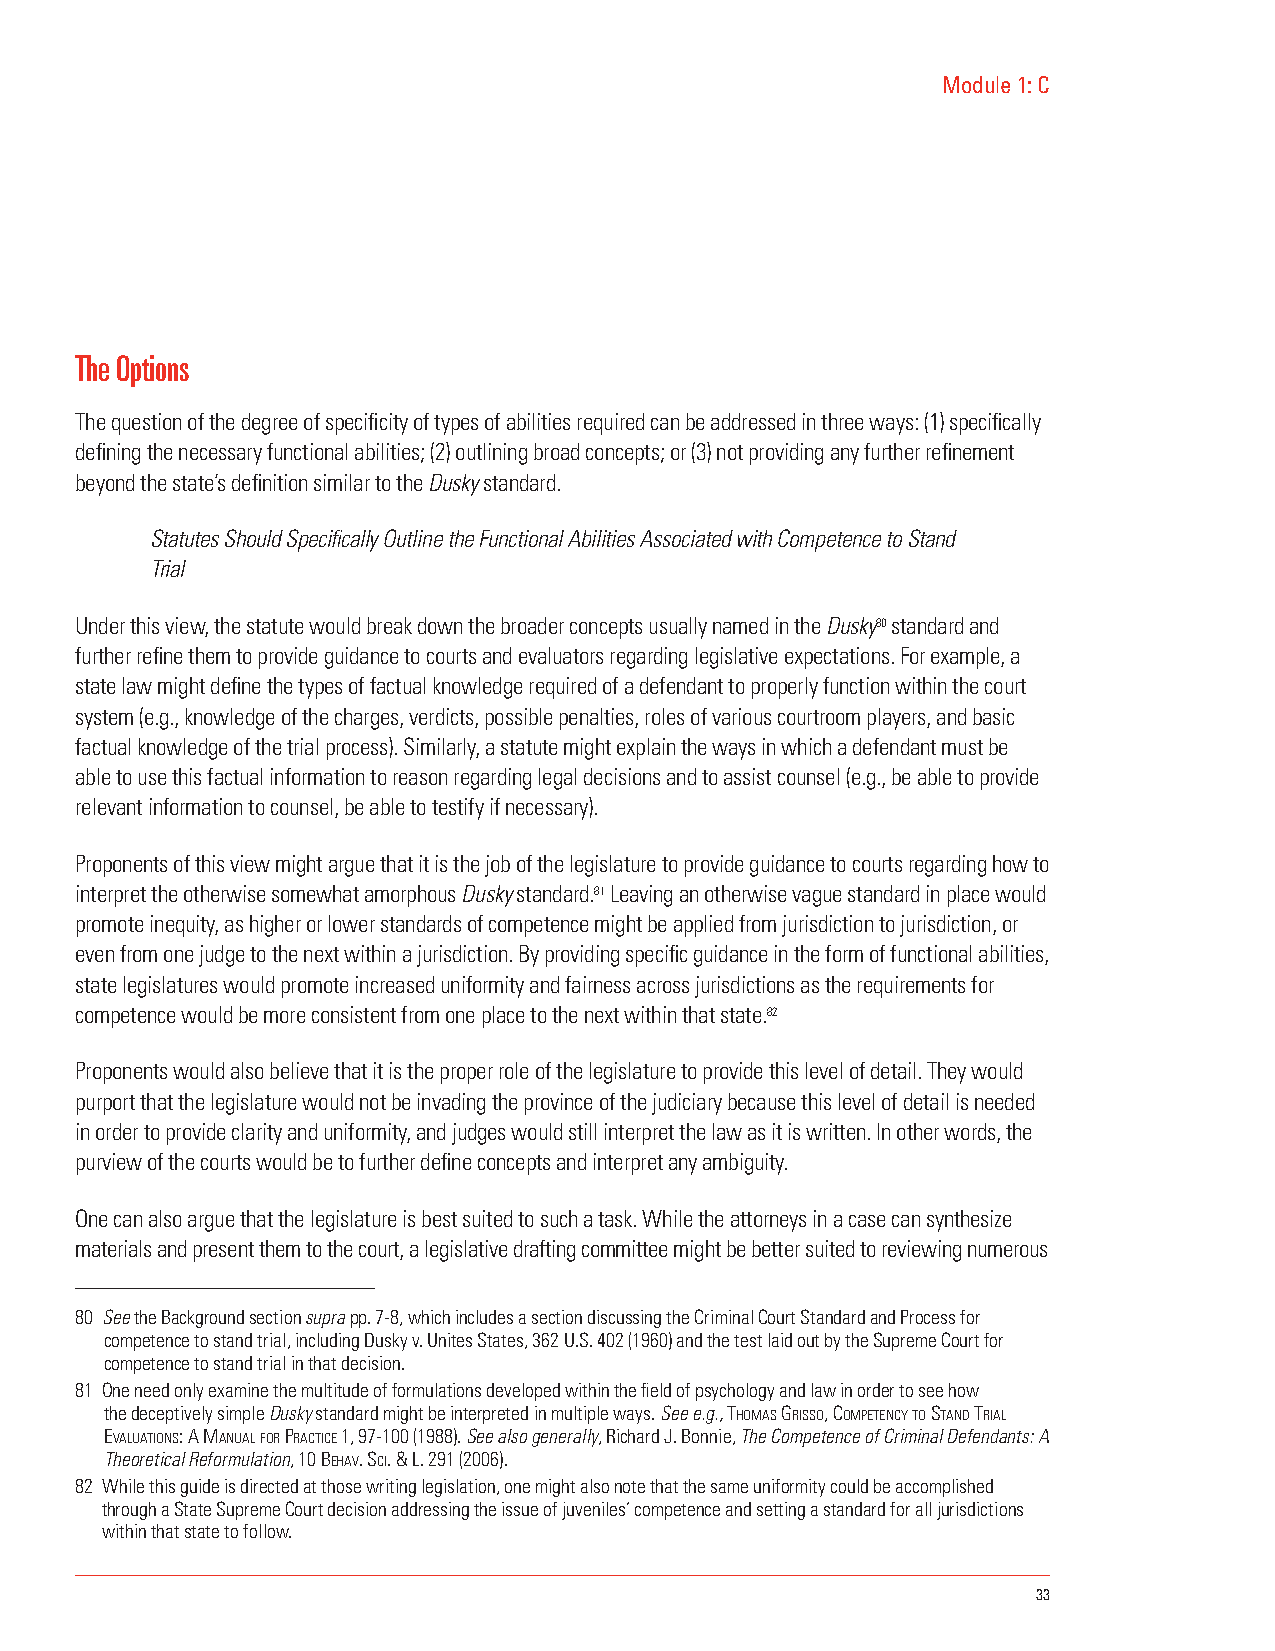
Module 1: C
 The Options
 The question of the degree of specificity of types of abilities required can be addressed in three ways: (1) specifically
 defining the necessary functional abilities; (2) outlining broad concepts; or (3) not providing any further refinement
 beyond the state’s definition similar to the Dusky standard.
 Statutes Should Specifically Outline the Functional Abilities Associated with Competence to Stand
 Trial
 Under this view, the statute would break down the broader concepts usually named in the Dusky80 standard and
 further refine them to provide guidance to courts and evaluators regarding legislative expectations. For example, a
 state law might define the types of factual knowledge required of a defendant to properly function within the court
 system (e.g., knowledge of the charges, verdicts, possible penalties, roles of various courtroom players, and basic
 factual knowledge of the trial process). Similarly, a statute might explain the ways in which a defendant must be
 able to use this factual information to reason regarding legal decisions and to assist counsel (e.g., be able to provide
 relevant information to counsel, be able to testify if necessary).
 Proponents of this view might argue that it is the job of the legislature to provide guidance to courts regarding how to
 interpret the otherwise somewhat amorphous Dusky standard.81 Leaving an otherwise vague standard in place would
 promote inequity, as higher or lower standards of competence might be applied from jurisdiction to jurisdiction, or
 even from one judge to the next within a jurisdiction. By providing specific guidance in the form of functional abilities,
 state legislatures would promote increased uniformity and fairness across jurisdictions as the requirements for
 competence would be more consistent from one place to the next within that state.82
 Proponents would also believe that it is the proper role of the legislature to provide this level of detail. They would
 purport that the legislature would not be invading the province of the judiciary because this level of detail is needed
 in order to provide clarity and uniformity, and judges would still interpret the law as it is written. In other words, the
 purview of the courts would be to further define concepts and interpret any ambiguity.
 One can also argue that the legislature is best suited to such a task. While the attorneys in a case can synthesize
 materials and present them to the court, a legislative drafting committee might be better suited to reviewing numerous
 80 See the Background section supra pp. 7-8, which includes a section discussing the Criminal Court Standard and Process for
 competence to stand trial, including Dusky v. Unites States, 362 U.S. 402 (1960) and the test laid out by the Supreme Court for
 competence to stand trial in that decision.
 81 One need only examine the multitude of formulations developed within the field of psychology and law in order to see how
 the deceptively simple Dusky standard might be interpreted in multiple ways. See e.g., thomas GRIsso, comPetency to stanD tRIal
 eValuatIons: a manual foR PRactIce 1, 97-100 (1988). See also generally, Richard J. Bonnie, The Competence of Criminal Defendants: A
 Theoretical Reformulation, 10 behaV. scI. & l. 291 (2006).
 82 While this guide is directed at those writing legislation, one might also note that the same uniformity could be accomplished
 through a State Supreme Court decision addressing the issue of juveniles’ competence and setting a standard for all jurisdictions
 within that state to follow.
 33